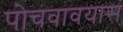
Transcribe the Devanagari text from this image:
पोचवावयास